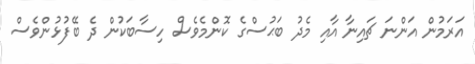
އަރަމުން އަންނަ ޗައިނާ އާއި މެދު ބަޙުސްގެ ކޮންމެވެސް ހިސާބަކުން ދެ ބޭފުޅުންވެސް